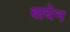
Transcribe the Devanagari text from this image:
बाघेन